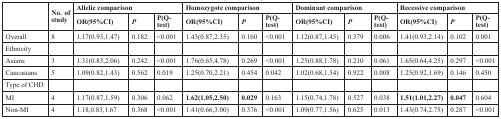
<table><thead><tr><td rowspan="2"></td><td rowspan="2"><b>No. of study</b></td><td colspan="3"><b>Allelic comparison</b></td><td colspan="3"><b>Homozygote comparison</b></td><td colspan="3"><b>Dominant comparison</b></td><td colspan="3"><b>Recessive comparison</b></td></tr><tr><td><b>OR(95%CI)</b></td><td><b><i>P</i></b></td><td><b>P(Q-test)</b></td><td><b>OR(95%CI)</b></td><td><b><i>P</i></b></td><td><b>P(Q-test)</b></td><td><b>OR(95%CI)</b></td><td><b><i>P</i></b></td><td><b>P(Q-test)</b></td><td><b>OR(95%CI)</b></td><td><b><i>P</i></b></td><td><b>P(Q-test)</b></td></tr></thead><tbody><tr><td>Overall</td><td>8</td><td>1.17(0.93,1.47)</td><td>0.182</td><td>&lt;0.001</td><td>1.43(0.87,2.35)</td><td>0.160</td><td>&lt;0.001</td><td>1.12(0.87,1.45)</td><td>0.379</td><td>0.006</td><td>1.41(0.93,2.14)</td><td>0.102</td><td>0.001</td></tr><tr><td>Ethnicity</td><td></td><td></td><td></td><td></td><td></td><td></td><td></td><td></td><td></td><td></td><td></td><td></td><td></td></tr><tr><td>Asians</td><td>3</td><td>1.31(0.83,2.06)</td><td>0.242</td><td>&lt;0.001</td><td>1.76(0.65,4.78)</td><td>0.269</td><td>&lt;0.001</td><td>1.25(0.88,1.78)</td><td>0.210</td><td>0.061</td><td>1.65(0.64,4.25)</td><td>0.297</td><td>&lt;0.001</td></tr><tr><td>Caucasians</td><td>5</td><td>1.09(0.82,1.43)</td><td>0.562</td><td>0.019</td><td>1.25(0.70,2.21)</td><td>0.454</td><td>0.042</td><td>1.02(0.68,1.54)</td><td>0.922</td><td>0.008</td><td>1.25(0.92,1.69)</td><td>0.146</td><td>0.450</td></tr><tr><td>Type of CHD</td><td></td><td></td><td></td><td></td><td></td><td></td><td></td><td></td><td></td><td></td><td></td><td></td><td></td></tr><tr><td>MI</td><td>4</td><td>1.17(0.87,1.59)</td><td>0.306</td><td>0.062</td><td><b>1.62(1.05,2.50)</b></td><td><b>0.029</b></td><td>0.163</td><td>1.15(0.74,1.78)</td><td>0.527</td><td>0.038</td><td><b>1.51(1.01,2.27)</b></td><td><b>0.047</b></td><td>0.604</td></tr><tr><td>Non-MI</td><td>4</td><td>1.18,0.83,1.67</td><td>0.368</td><td>&lt;0.001</td><td>1.41(0.66,3.00)</td><td>0.376</td><td>&lt;0.001</td><td>1.09(0.77,1.56)</td><td>0.625</td><td>0.013</td><td>1.43(0.74,2.75)</td><td>0.287</td><td>&lt;0.001</td></tr></tbody></table>